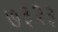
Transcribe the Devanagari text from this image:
७३२३